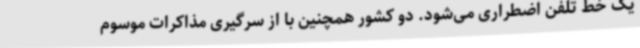
یک خط تلفن اضطراری می‌شود. دو کشور همچنین با از سرگیری مذاکرات موسوم